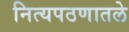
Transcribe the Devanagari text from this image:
नित्यपठणातले